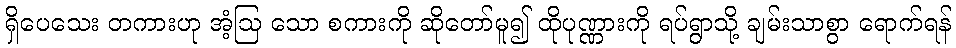
ရှိပေသေး တကားဟု အံ့ဩ သော စကားကို ဆိုတော်မူ၍ ထိုပုဏ္ဏားကို ရပ်ရွာသို့ ချမ်းသာစွာ ရောက်ရန်